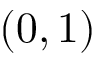
( 0 , 1 )